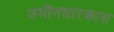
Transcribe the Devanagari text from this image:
जमीनधारकास